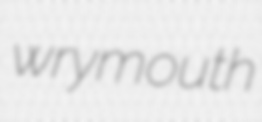
wrymouth